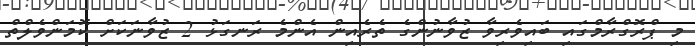
މި ޕްރޮގްރާމްގައި ބައިވެރިވާ ޒުވާނުންގެ ތެރެއިން އެންމެ ރަނގަޅު 2 ޒުވާނަކަށް ކޮމަންވެލްތް